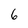
Character: 6